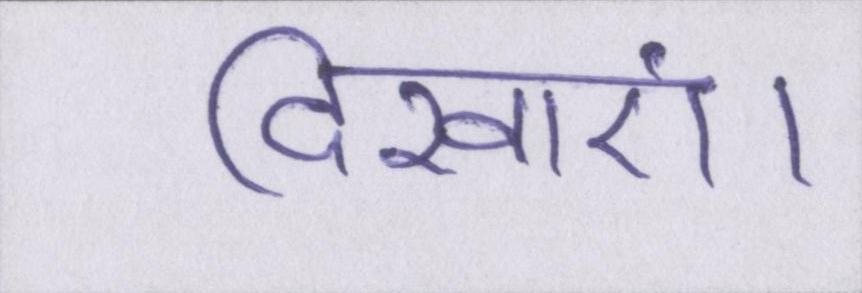
दिखाएं।